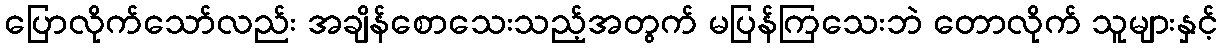
ပြောလိုက်သော်လည်း အချိန်စောသေးသည့်အတွက် မပြန်ကြသေးဘဲ တောလိုက် သူများနှင့်